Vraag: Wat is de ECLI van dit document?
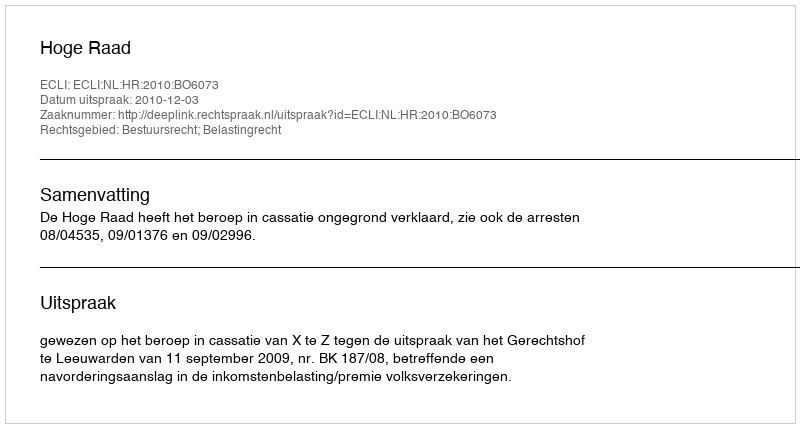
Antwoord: ECLI:NL:HR:2010:BO6073